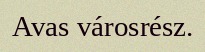
Avas városrész.